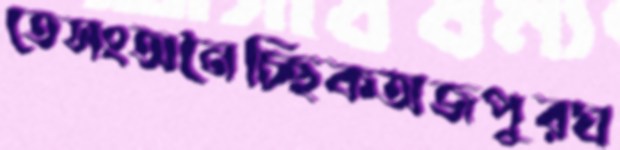
তেসংঅনৈচ্ছিকঅজপুরঘ